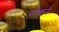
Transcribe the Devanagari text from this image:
सीकने